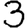
Digit: 3